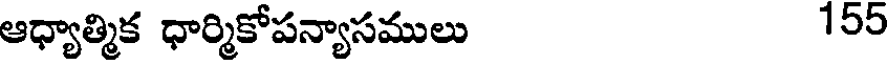
ఆధ్యాత్మిక ధార్మికోపన్యాసములు 155